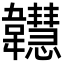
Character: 𩏲